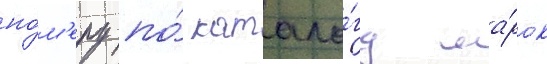
но́м'еру по́ катало́гу ма́рок